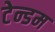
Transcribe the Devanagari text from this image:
टेन्डम